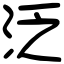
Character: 泛